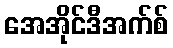
အေအိုင်ဒီအက်စ်